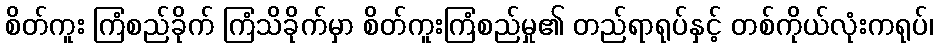
စိတ်ကူး ကြံစည်ခိုက် ကြံသိခိုက်မှာ စိတ်ကူးကြံစည်မှု၏ တည်ရာရုပ်နှင့် တစ်ကိုယ်လုံးကရုပ်၊